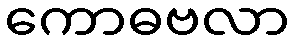
ကောဓဗလာ